system: You are a helpful assistant.
user:
Analyze the provided spectrum to determine if it is a **M-type Giant (gM)**.

A M-type Giant spectrum is defined by its **strong molecular absorption** features, particularly from **Titanium Oxide (TiO)**. You must check for one of the following mutually exclusive signatures:

- **Key Visual Indicators (Absorption-Dominated Spectrum):**

    - **(Primary):** The spectrum is dominated by strong molecular absorption from **Titanium Oxide (TiO)**. This is the **defining feature** of its M-type temperature class.
        - **(Key Bandheads):** Look for sharp, "saw-tooth" absorption valleys. The strongest are located near **~7050 Å**, **~6160 Å**, and **~5170 Å**.
        - **(Line Profile):** The "saw-tooth" morphology is critical: a **sharp, steep drop on the BLUE (short-wavelength) side** of the bandhead, followed by a gradual recovery (rising flux) towards the RED (long-wavelength) side.

    - **(Key Confirmation - Giant vs. Dwarf):** **ABSENCE** of strong **Calcium Hydride (CaH)** molecular bands. This is the primary diagnostic for *excluding* M-dwarfs.
        - **(Key Region):** The spectrum should lack the strong, broad absorption band seen in dwarfs between **~6800 Å and ~7000 Å**.

    - **(Secondary Confirmation - Giant):** A very strong and broad **Neutral Calcium (Ca I)** atomic absorption line.
        - **(Key Line):** Located at **~4226 Å**. In a giant (gM), this line is significantly deeper and broader than the same line in an M-dwarf (dM) due to low surface gravity.

    - **(Overall Spectrum):**
        - The continuum is **extremely red-sloping** (i.e., flux is very low in the blue and rises dramatically towards the red).
        - The entire spectrum appears "chopped up" by the deep TiO bands.

Think first, call **spectral_visualization_tool** if needed to examine features in detail, then provide your final answer. Your response must adhere to the following strict rules:
1.  **Overall Structure:** Your response must follow the format `<think>...</think> <tool_call>...</tool_call> (if a tool is used) <answer>...</answer>`.
2.  **Tool Usage Constraint:** You may only make **one** tool call per turn.
3.  **Final Answer Format:** In the `<answer>` tag, your conclusion must be inside a `\boxed{}` command (e.g., `\boxed{YES}` or `\boxed{NO}`), followed by your justification.

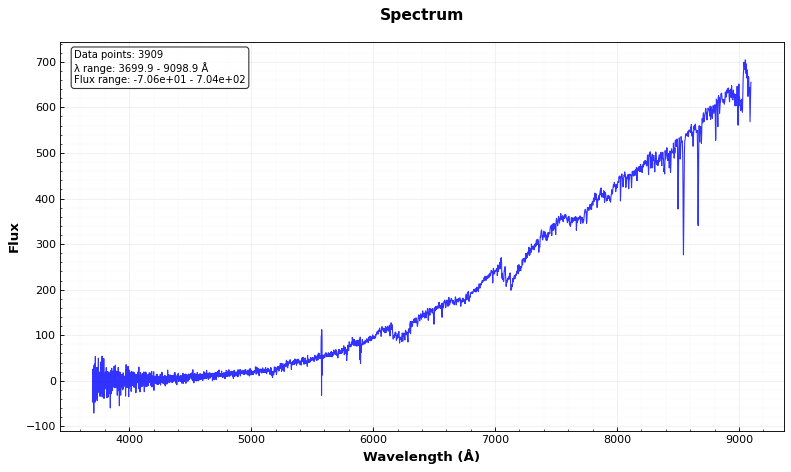
Answer: YES